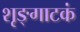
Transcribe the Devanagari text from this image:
शृङ्गाटकं